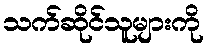
သက်ဆိုင်သူများကို